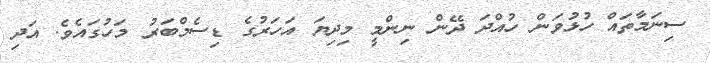
ސިނަމާތައް ހުޅުވަން ހުއްދަ ދޭން ނިންމީ މިދިޔަ އަހަރުގެ ޑިސެމްބަރު މަހުގައެވެ. އަދި